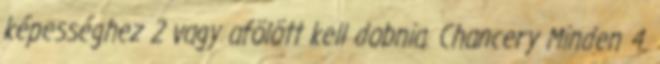
képességhez 2 vagy afölött kell dobnia. Chancery Minden 4.